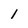
Character: 1